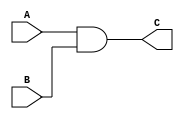
module AND_GATE
(
	input A,B,        // defining inputs A and B of AND gate 
	output C          // defining output of AND gate
);

assign C = A & B;   // Logic implementation
endmodule